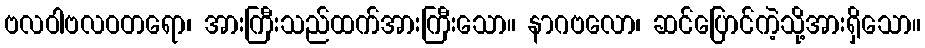
ဗလဝါဗလဝတရော၊ အားကြီးသည်ထက်အားကြီးသော။ နာဂဗလော၊ ဆင်ပြောင်ကဲ့သို့အားရှိသော။